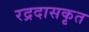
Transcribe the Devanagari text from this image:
रद्रदासकृत